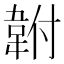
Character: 𩎠